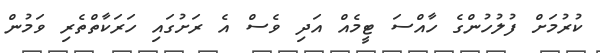
ކުރުމަށް ފުލުހުންގެ ހާއްސަ ޓީމެއް އަދި ވެސް އެ ރަށުގައި ހަރަކާތްތެރި ވަމުން